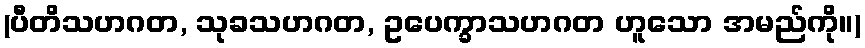
(ပီတိသဟဂတ, သုခသဟဂတ, ဥပေက္ခာသဟဂတ ဟူသော အမည်ကို။)